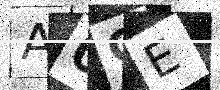
Text: A0CE